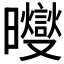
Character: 𪱓